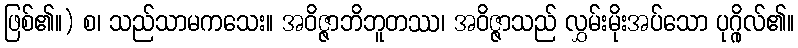
ဖြစ်၏။) စ၊ သည်သာမကသေး။ အဝိဇ္ဇာဘိဘူတဿ၊ အဝိဇ္ဇာသည် လွှမ်းမိုးအပ်သော ပုဂ္ဂိုလ်၏။